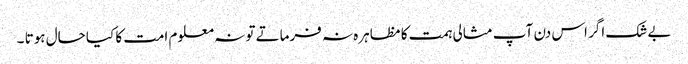
بے شک اگر اس دن آپ مثالی ہمت کا مظاہرہ نہ فرماتے تو نہ معلوم امت کا کیا حال ہوتا ۔